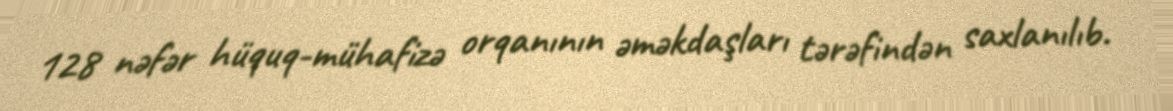
128 nəfər hüquq-mühafizə orqanının əməkdaşları tərəfindən saxlanılıb.